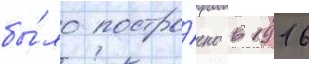
бы́ло постро́ено в 1916